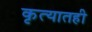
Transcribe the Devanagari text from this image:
कृत्यातही